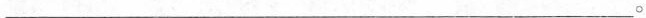
___。